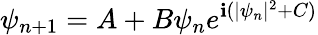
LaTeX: \psi_{n+1}=A+B\psi_{n}e^{\mathbf{i}(|\psi_{n}|^{2}+C)}